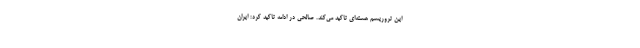
این تروریسم هسته‌ای تاکید می‌کند. صالحی در ادامه تاکید کرد: ایران